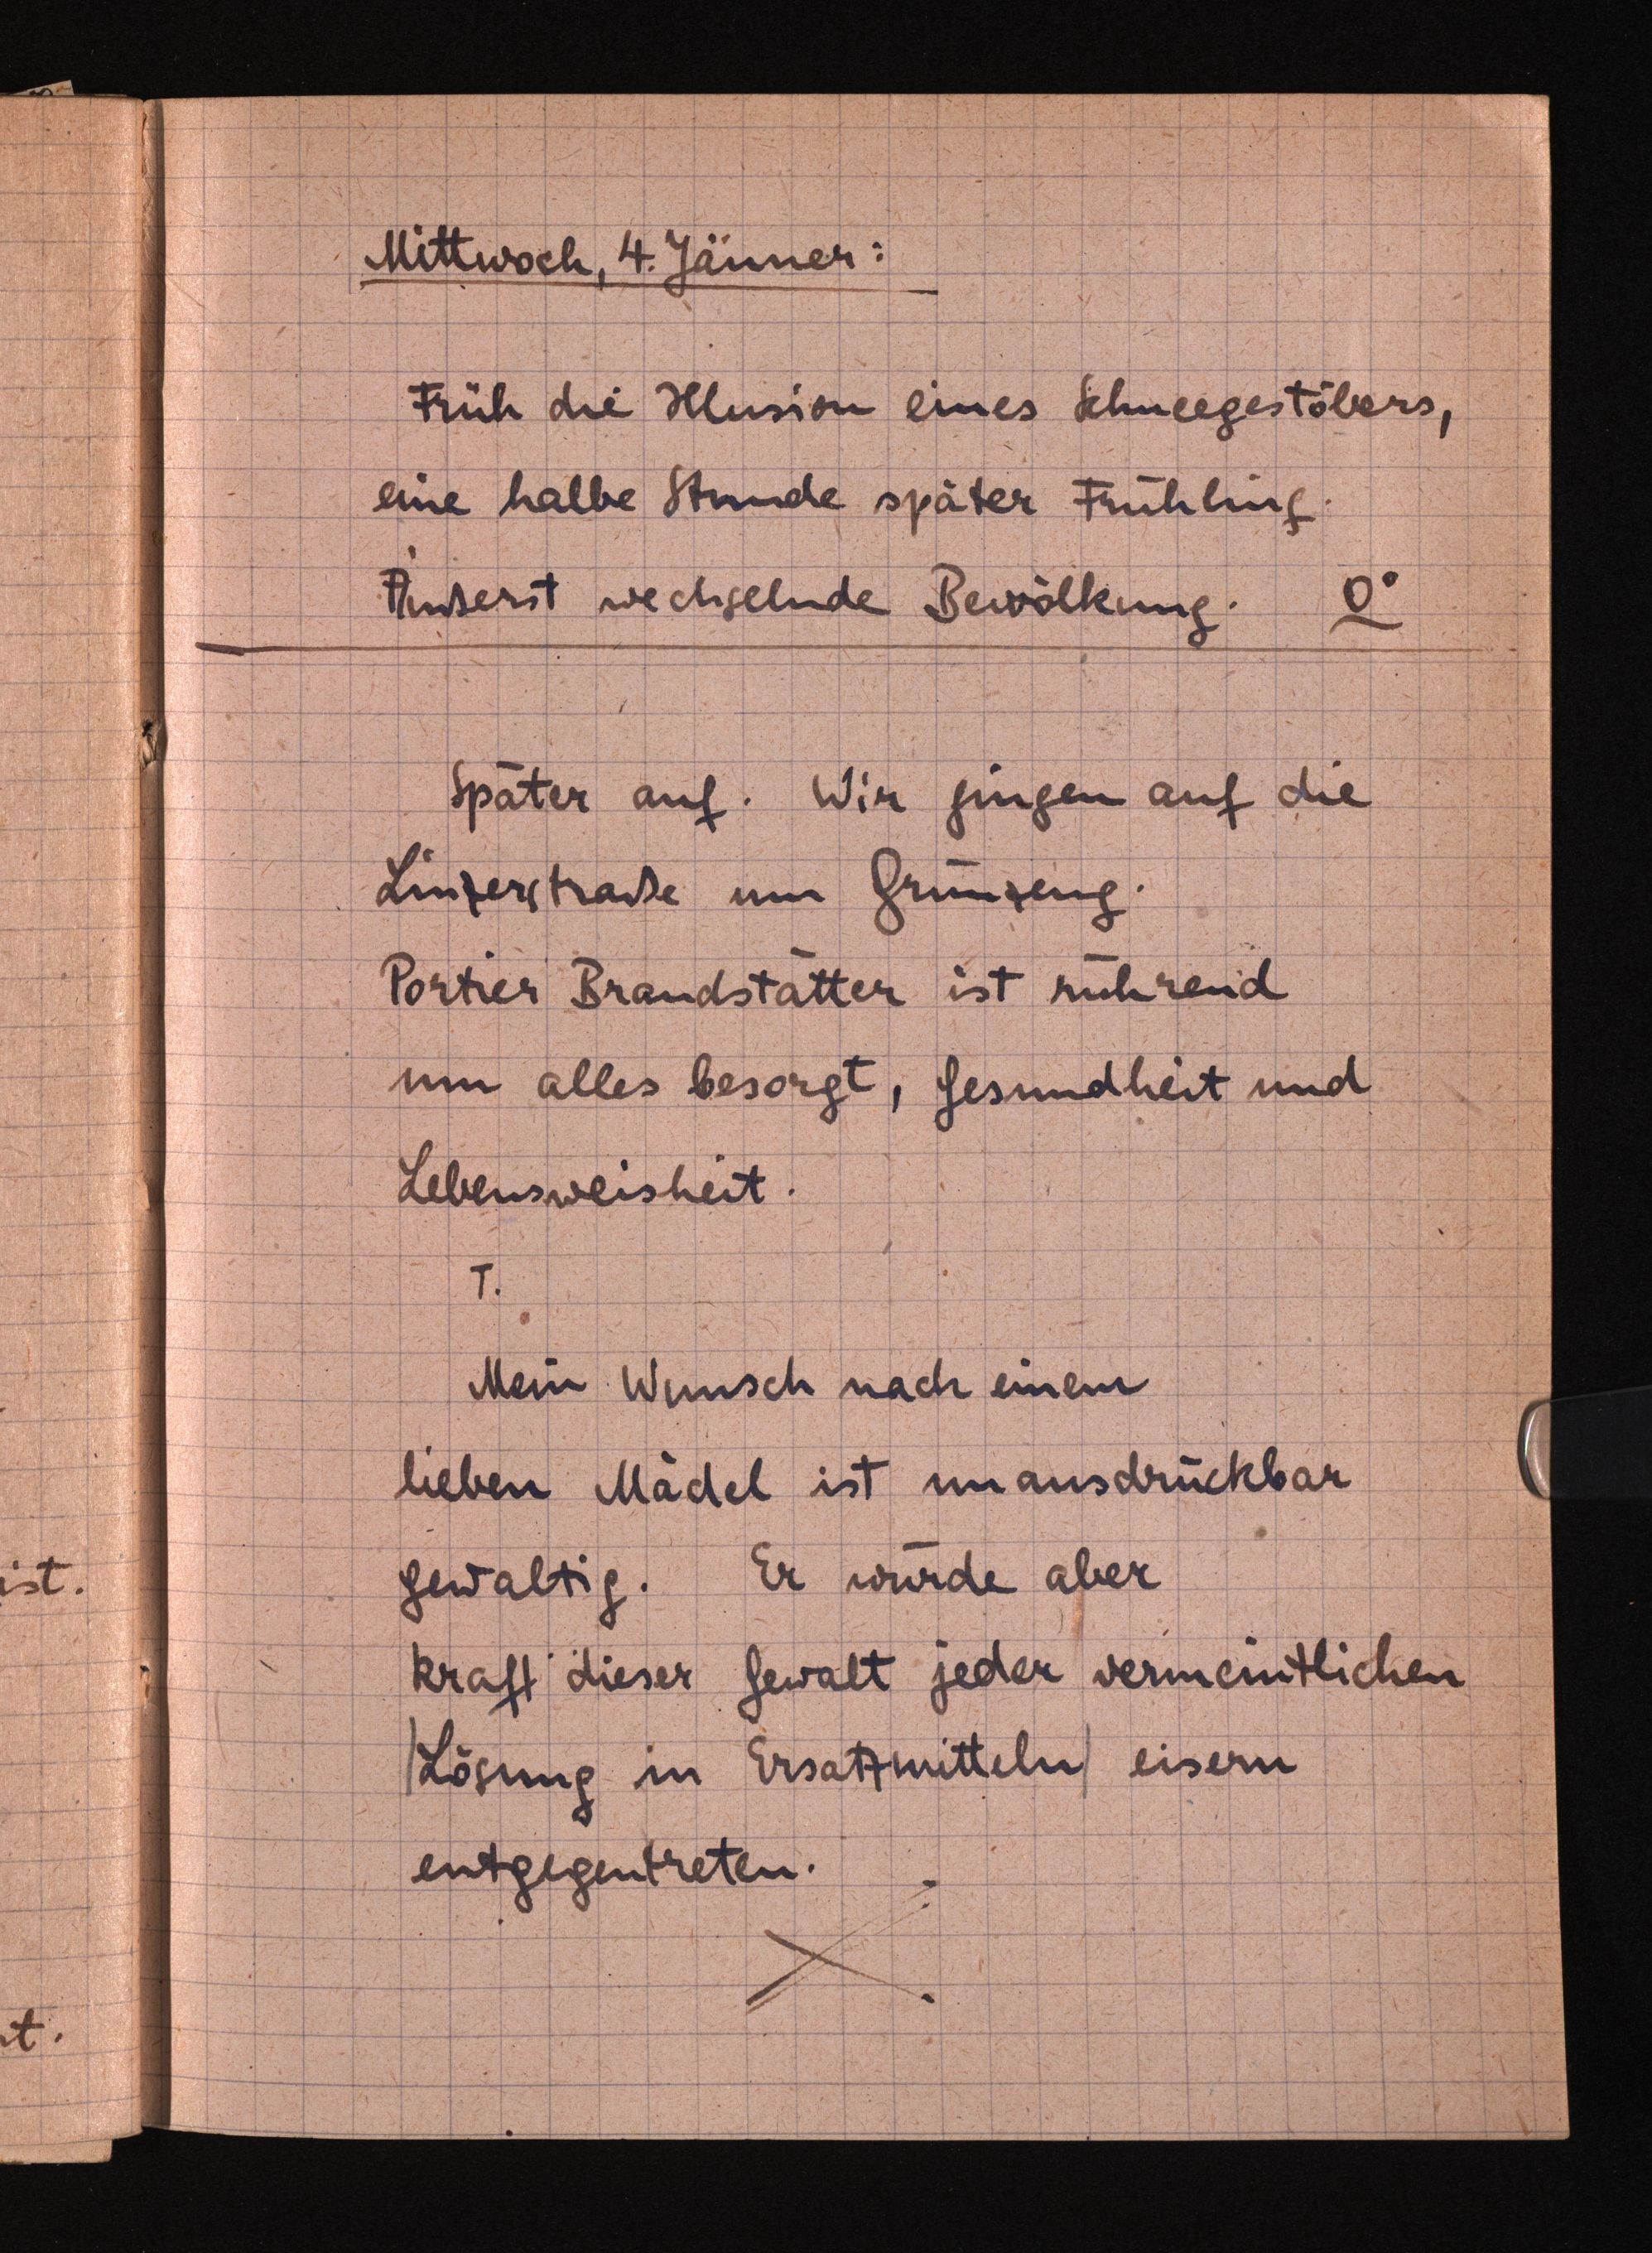
Mittwoch, 4. Jänner:
Früh die Hlusion eines Schneegestöbers,
eine halbe Stunde später Frühling.
Äußerst wechgelnde Bewölkung. O°
Später auf. Wir gingen auf die
Linzerstraße um Grunzeng.
Portier Brandstatter ist ruhreid
um alles besorgt, Gesundheit und
Lebensweisheit.
7.
Mein Wunsch nach einem
lieben Madel ist unausdrückbar
gewaltig. Er wurde aber
kraft dieser Gewalt jeder vermeintlichen
(Lösung in Ersatzmitteln eisern
entgegentreten.